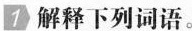
1 解释下列词语。